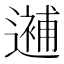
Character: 𨗗